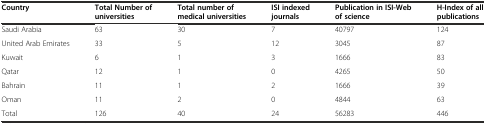
<table><thead><tr><td><b>Country</b></td><td><b>Total Number of universities</b></td><td><b>Total number of medical universities</b></td><td><b>ISI indexed journals</b></td><td><b>Publication in ISI-Web of science</b></td><td><b>H-Index of all publications</b></td></tr></thead><tbody><tr><td>Saudi Arabia</td><td>63</td><td>30</td><td>7</td><td>40797</td><td>124</td></tr><tr><td>United Arab Emirates</td><td>33</td><td>5</td><td>12</td><td>3045</td><td>87</td></tr><tr><td>Kuwait</td><td>6</td><td>1</td><td>3</td><td>1666</td><td>83</td></tr><tr><td>Qatar</td><td>12</td><td>1</td><td>0</td><td>4265</td><td>50</td></tr><tr><td>Bahrain</td><td>11</td><td>1</td><td>2</td><td>1666</td><td>39</td></tr><tr><td>Oman</td><td>11</td><td>2</td><td>0</td><td>4844</td><td>63</td></tr><tr><td>Total</td><td>126</td><td>40</td><td>24</td><td>56283</td><td>446</td></tr></tbody></table>